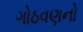
ગોઠવણનો